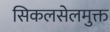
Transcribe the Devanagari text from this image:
सिकलसेलमुक्त